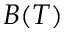
B ( T )